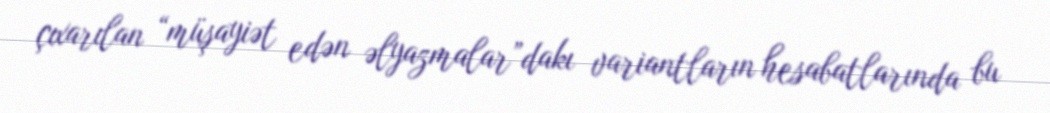
çıxarılan “müşayiət edən əlyazmalar”dakı variantların hesabatlarında bu